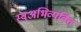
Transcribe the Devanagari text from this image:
स्वअभिव्यक्ति